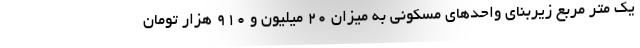
یک متر مربع زیربنای واحدهای مسکونی به میزان ۲۰ میلیون و ۹۱۰ هزار تومان